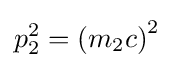
p_{2}^{2}=\left(m_{2}c\right)^{2}